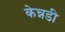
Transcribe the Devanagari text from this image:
केन्नडी